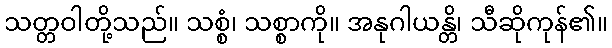
သတ္တဝါတို့သည်။ သစ္စံ၊ သစ္စာကို။ အနုဂါယန္တိ၊ သီဆိုကုန်၏။